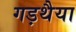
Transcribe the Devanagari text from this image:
गड़थैया